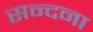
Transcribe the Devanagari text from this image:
सन्दना